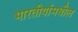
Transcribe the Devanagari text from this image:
भारतीयांमधील